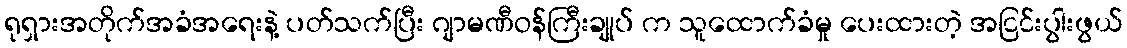
ရုရှားအတိုက်အခံအရေးနဲ့ ပတ်သက်ပြီး ဂျာမဏီဝန်ကြီးချုပ် က သူထောက်ခံမှု ပေးထားတဲ့ အငြင်းပွါးဖွယ်